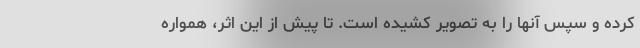
کرده و سپس آنها را به تصویر کشیده است. تا پیش از این اثر، همواره